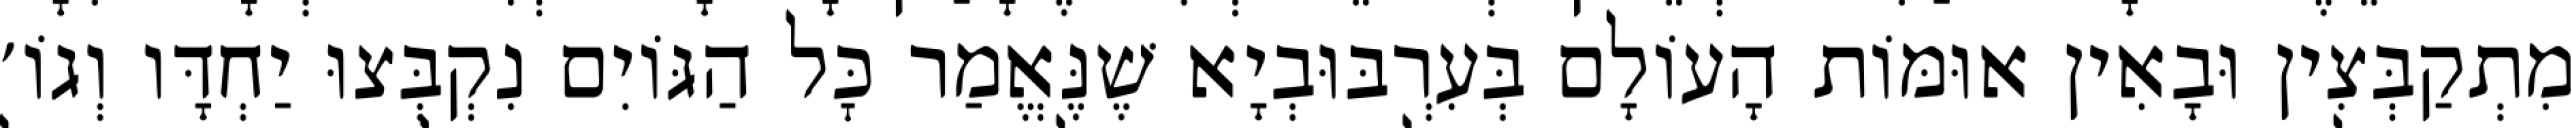
מִתְקַבְּצִין וּבָאִין אוּמּוֹת הָעוֹלָם בְּעִרְבּוּבְיָא שֶׁנֶּאֱמַר כׇּל הַגּוֹיִם נִקְבְּצוּ יַחְדָּו וְגוֹ׳